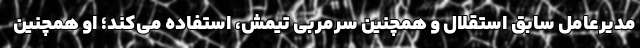
مدیرعامل سابق استقلال و همچنین سرمربی تیمش، استفاده می‌کند؛ او همچنین